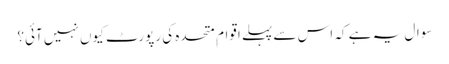
سوال یہ ہے کہ اس سے پہلے اقوام ِ متحدہ کی رپورٹ کیوں نہیں آئی؟